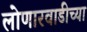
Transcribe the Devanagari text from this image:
लोणारवाडीच्या